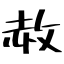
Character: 赦